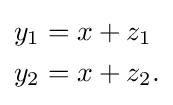
{\begin{aligned}y_{1}&=x+z_{1}\\y_{2}&=x+z_{2}.\end{aligned}}